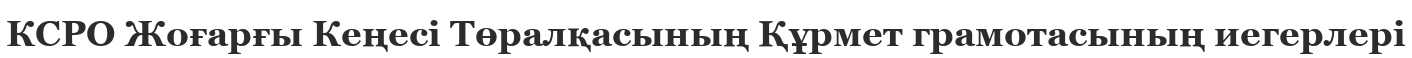
КСРО Жоғарғы Кеңесі Төралқасының Құрмет грамотасының иегерлері